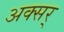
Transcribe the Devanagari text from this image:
अक्सर्